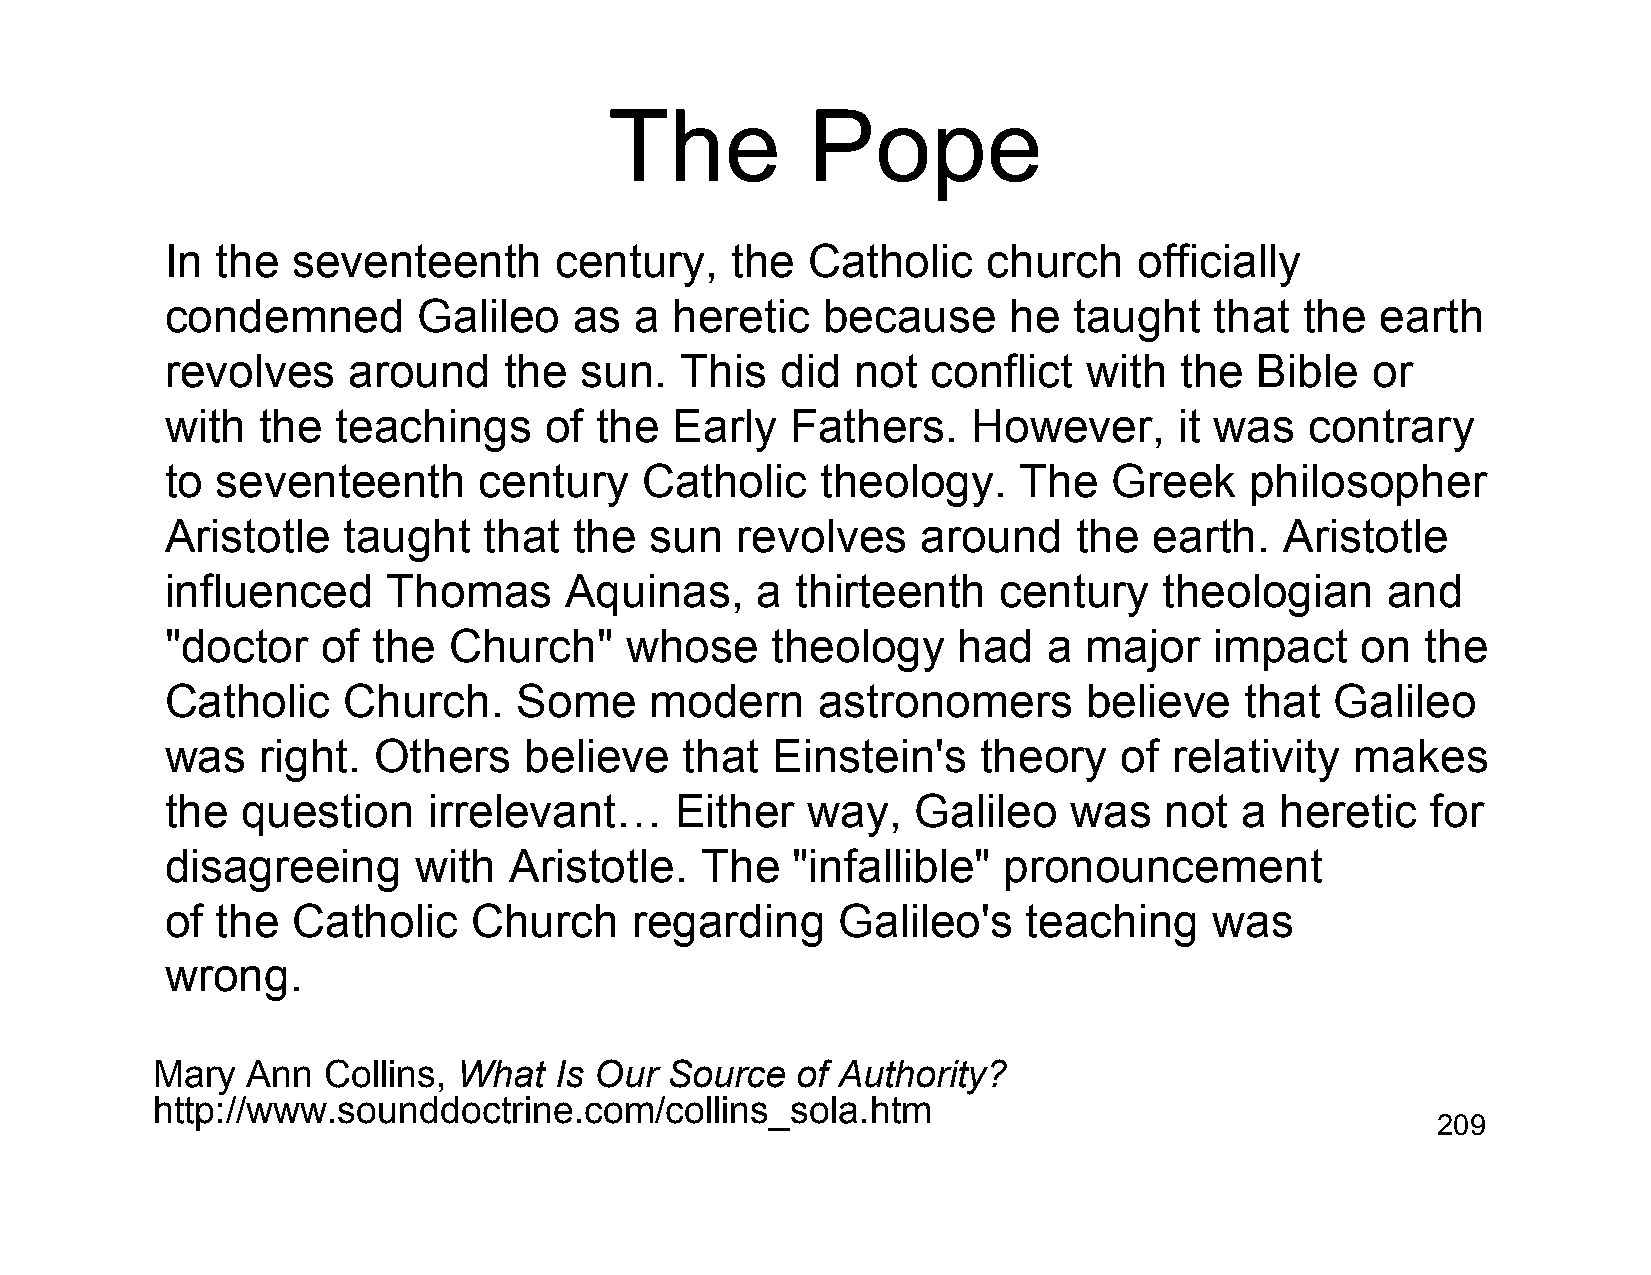
The           Pope
 In the  seventeenth       century,   the  Catholic    church    officially
 condemned        Galileo   as  a  heretic   because     he  taught   that  the  earth
 revolves    around    the  sun.   This   did  not  conflict  with  the  Bible   or
 with  the  teachings     of the   Early  Fathers.    However,      it was   contrary
 to seventeenth       century    Catholic   theology.     The   Greek    philosopher
 Aristotle   taught   that  the  sun   revolves    around    the  earth.   Aristotle
 influenced     Thomas     Aquinas,     a  thirteenth   century    theologian     and
 "doctor   of  the  Church"    whose     theology    had   a  major   impact    on  the
 Catholic    Church.    Some     modern     astronomers       believe   that  Galileo
 was   right.  Others    believe   that  Einstein's    theory   of  relativity  makes
 the  question    irrelevant…      Either  way,    Galileo   was   not  a  heretic   for
 disagreeing     with   Aristotle.  The   "infallible"  pronouncement
 of the  Catholic    Church     regarding     Galileo's   teaching    was
 wrong.
 Mary  Ann  Collins, What   Is Our Source   of Authority?
 http://www.sounddoctrine.com/collins_sola.htm
 209